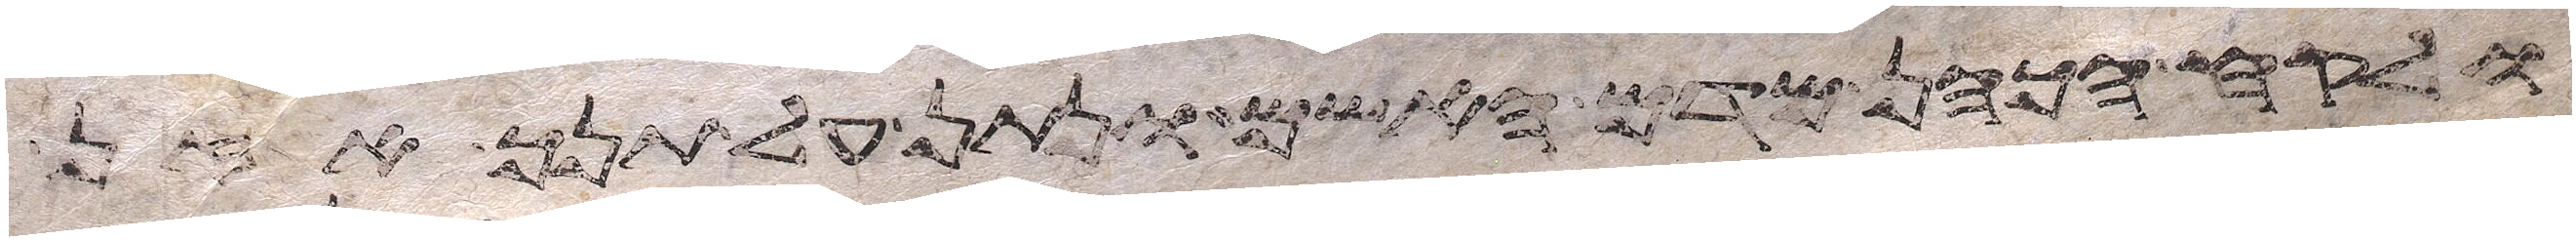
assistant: ולקח הכהן מדם האשם ונתן על תנך אזן